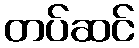
တပ်ဆင်